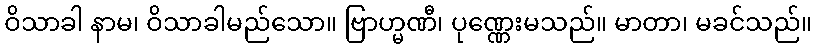
ဝိသာခါ နာမ၊ ဝိသာခါမည်သော။ ဗြာဟ္မဏီ၊ ပုဏ္ဏေးမသည်။ မာတာ၊ မခင်သည်။